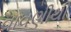
વાવણીથી